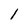
Character: l